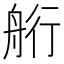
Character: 𦨵